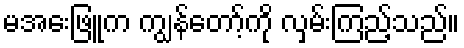
မအေးဖြူက ကျွန်တော့်ကို လှမ်းကြည့်သည်။